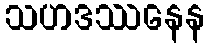
သဟဒဿနေန